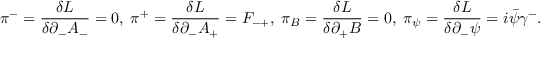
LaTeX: { \pi } ^ { - } = \frac { { \delta } L } { { \delta } { \partial } _ { - } A _ { - } } = 0 , \; { \pi } ^ { + } = \frac { { \delta } L } { { \delta } { \partial } _ { - } A _ { + } } = F _ { - + } , \; { \pi } _ { B } = \frac { { \delta } L } { { \delta } { \partial } _ { + } B } = 0 , \; { \pi } _ { \psi } = \frac { { \delta } L } { { \delta } { \partial } _ { - } { \psi } } = i \bar { \psi } { \gamma } ^ { - } .